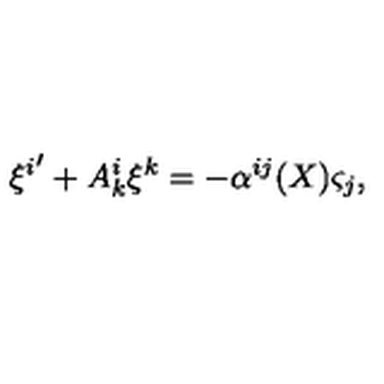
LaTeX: { \xi ^ { i } } ^ { \prime } + A _ { k } ^ { i } \xi ^ { k } = - \alpha ^ { i j } ( X ) \varsigma _ { j } ,